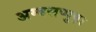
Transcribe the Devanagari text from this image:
अम्बलप्पुष़ा